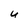
Character: U